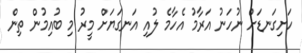
ހަށިގަނޑަށް ނުހަނު އަރާމު އެހާމެ ލުއި އަނގަޔަށް މީރު މި ބުއިމުން ތިން